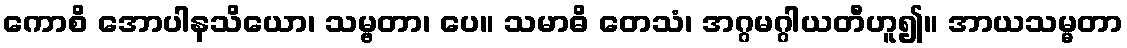
ကောစိ အောပါနသိယော၊ သမ္ဗတာ၊ ပေ။ သမာဓိ တေသံ၊ အဂ္ဂမဂ္ဂါယတီဟူ၍။ အာယသမ္မတာ